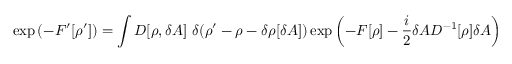
\exp \left( - F ^ { \prime } [ \rho ^ { \prime } ] \right) = \int D [ \rho , \delta A ] \ \delta ( \rho ^ { \prime } - \rho - \delta \rho [ \delta A ] ) \exp \left( - F [ \rho ] - { \frac { i } { 2 } } \delta A D ^ { - 1 } [ \rho ] \delta A \right)